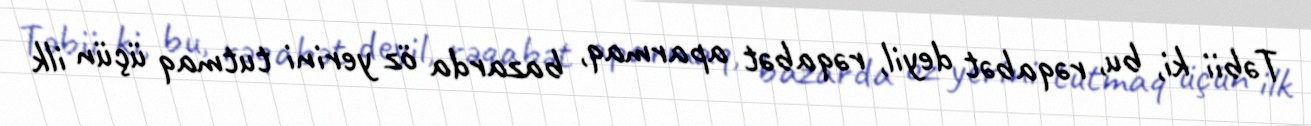
Təbii ki, bu, rəqabət deyil, rəqabət aparmaq, bazarda öz yerini tutmaq üçün ilk